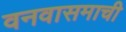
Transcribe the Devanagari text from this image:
वनवासमाची